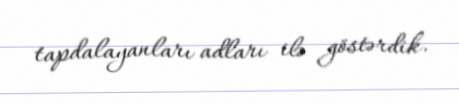
tapdalayanları adları ilə göstərdik.